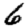
Digit: 6